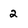
Character: 2